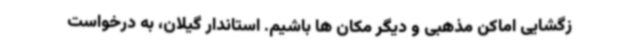
زگشایی اماکن مذهبی و دیگر مکان ها باشیم. استاندار گیلان، به درخواست